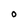
Character: 0